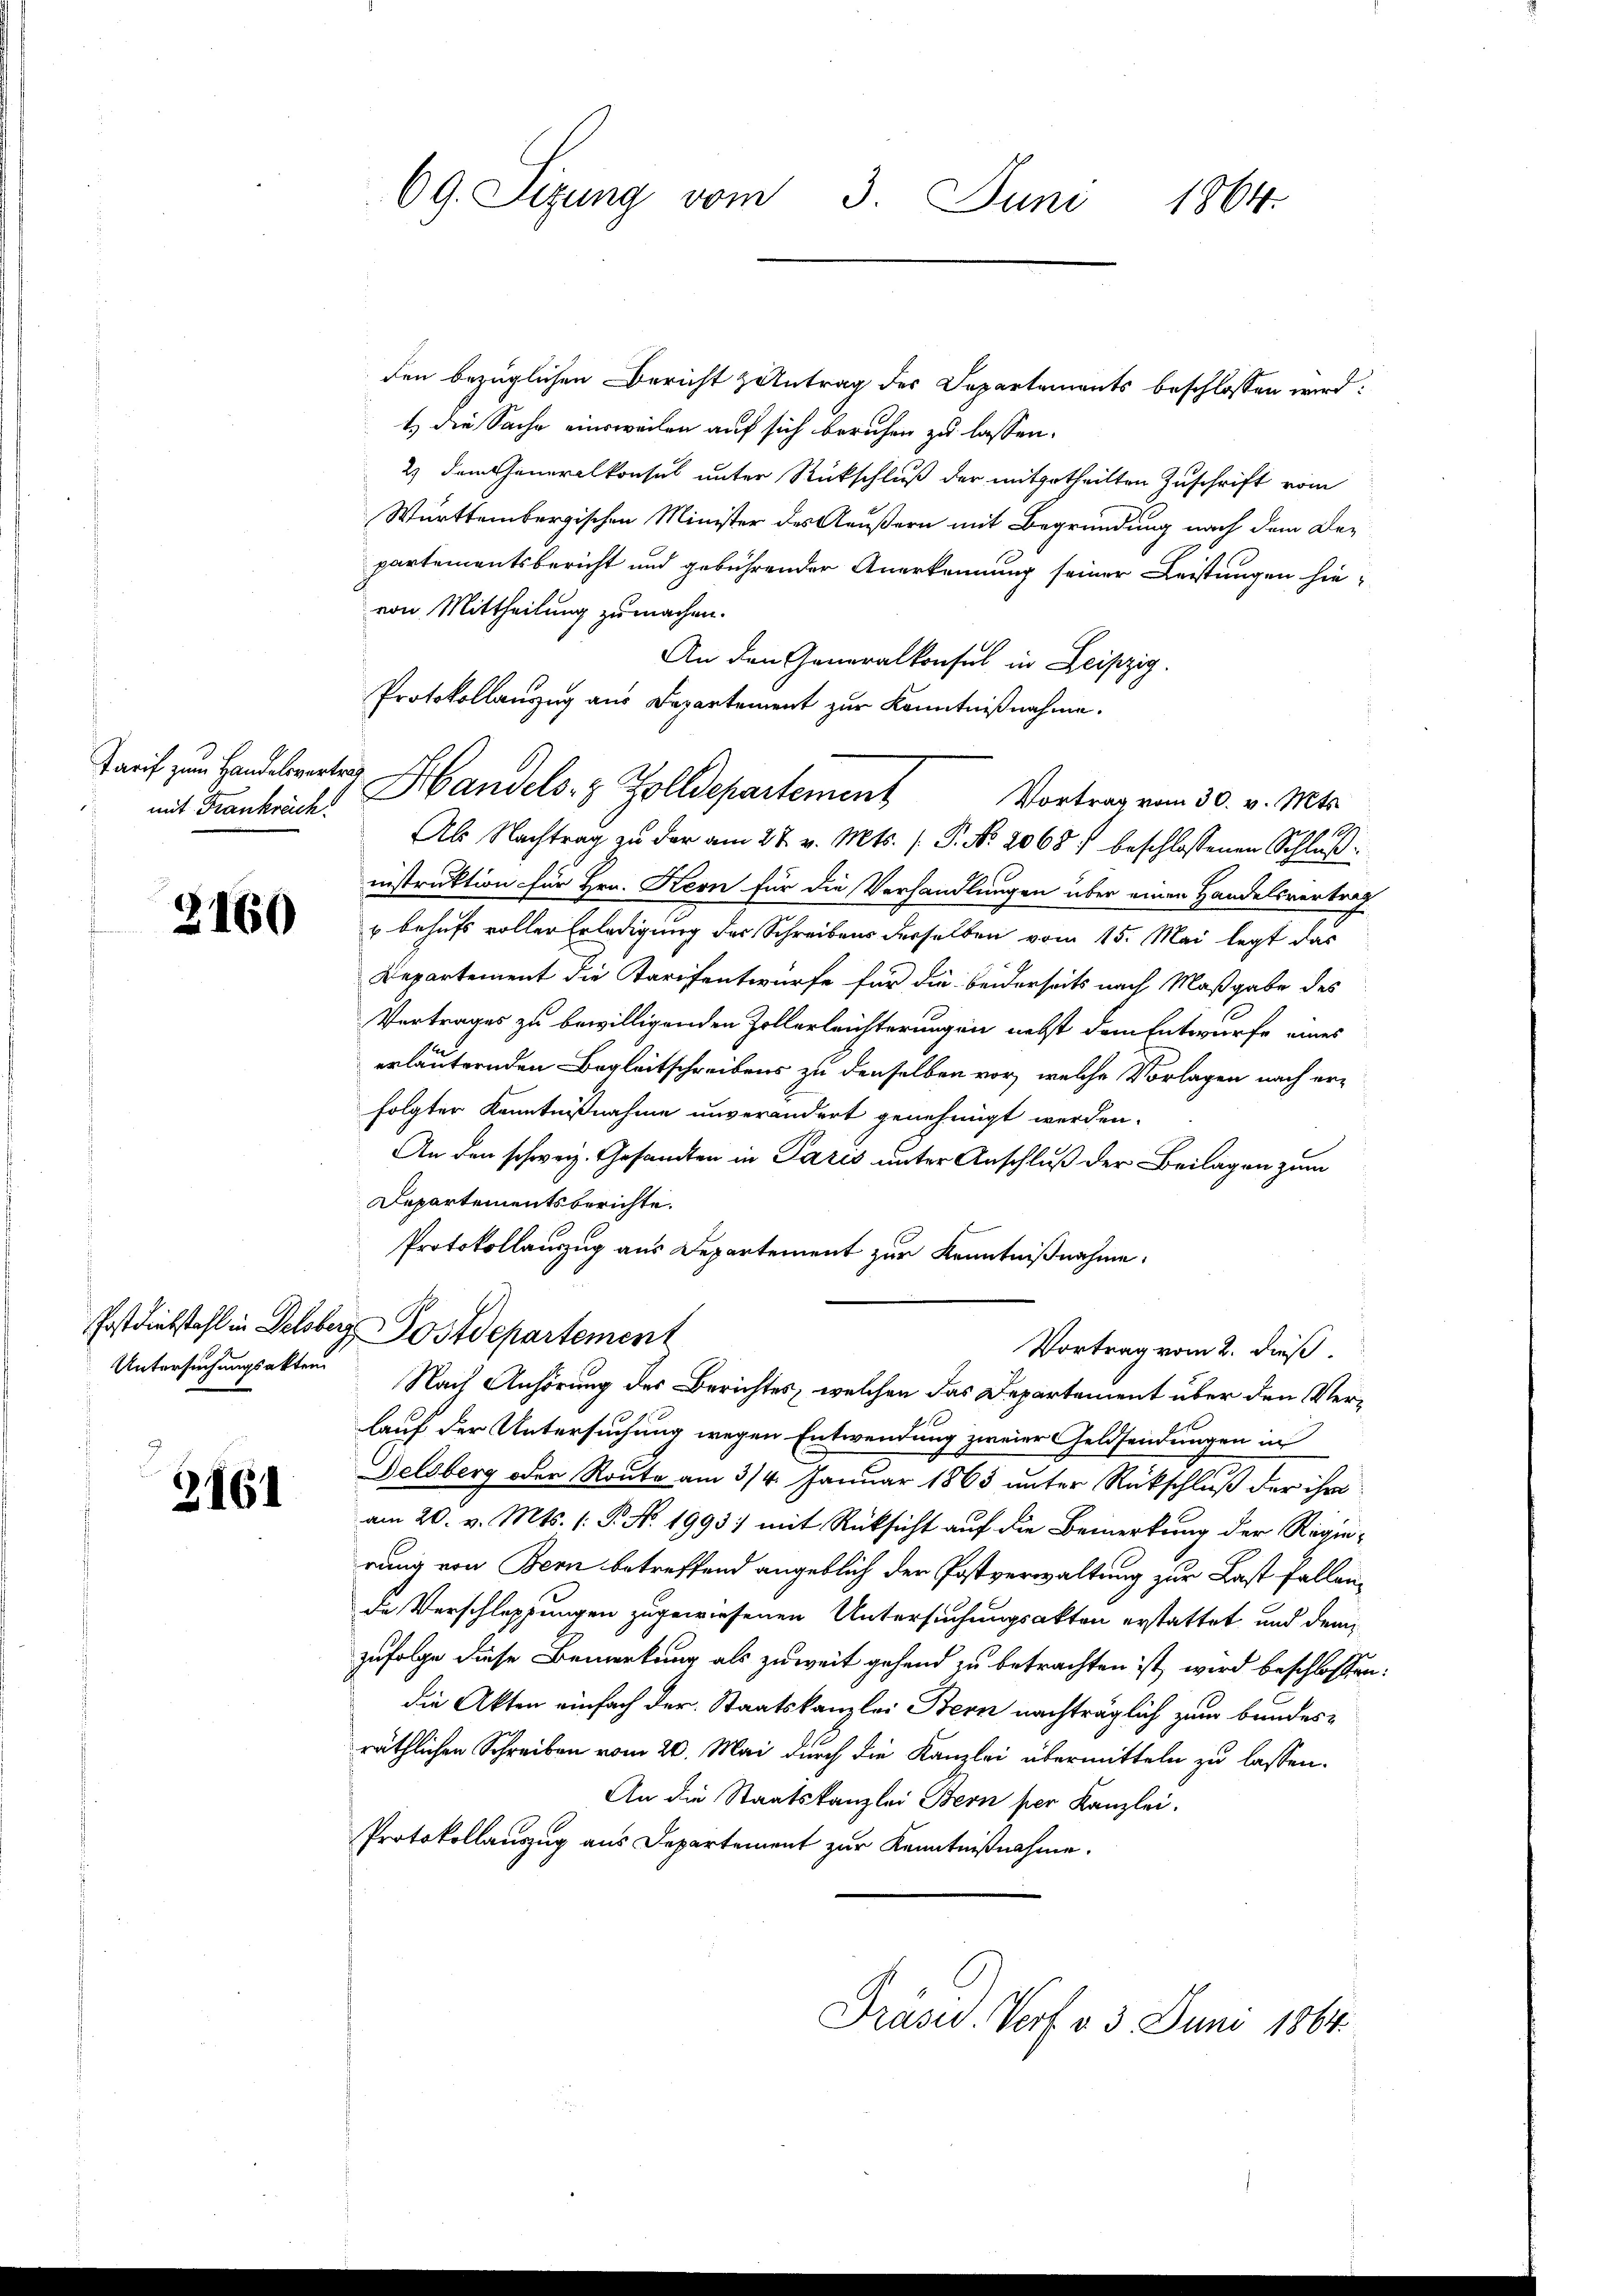
mit Frankreich

2160

3161

den bezüglichen Bericht zentrag des Departements beschlossen wird:
t) die Sache einsweilen auf sich beruhen zu lassen.
2) dem Generalkonsul unter Rückschluß der mitgetheilten Zuschrift vom
Württembergischen Minister des Aeußern mit Begründung nach dem Bepartementsbericht und gebührender Anerkennung seiner Leistungen hie-
von Mittheilung zu machen.
An den Generalkonsul in Leipzig.
Protokollauszug aus Departement zur Kenntnißnahme.
Als Nachtrag zu der am 27. v. Mts. /. P. Nr. 2068 beschlossenen Schlußinstruktion für Hrn. Kern für die Verhandlungen über einen Handelsvertrag
u behufs voller Erledigung des Schreibens derselben vom 15. Mai legt das
Departement die Tarifentwürfe für die beiderseits nach Maßgabe des
Vertrages zu bewilligenden Zollerleichterungen nebst dem Entwurfe eines
erläuternden Begleitschreibens zu denselben vor, welche Vorlagen nach erfolgter Kenntnißnahme unverändert genehmigt werden.
An den schweiz. Gesandten in Paris unter Anschluß der Beilagen zum
Departementsberichte.
Protokollauszug aus Departement zur Kenntnißnahme:
Postdiebstahl in Delsberg Postdepartement

69. Sizung vom 3. Juni
1864.

Tarif zu Handelverte Handels- & Zolldepartement Vortrag vom 30. v. Mts.

Vortrag vom 2. dieß.
Untersuchungsakten Nach Anhörung des Berichtes, welchen das Departement über den Ver¬

lauf der Untersuchung wegen Entwendung zweier Geldsendungen in
Delsberg oder Route am 3/4. Januar 1863 unter Rückschluß der ihre
am 20. v. Mts. (: P. Nr. 1993) mit Rücksicht auf die Bemerkung der Regierung von Bern betreffend angeblich der Postverwaltung zur Last fallende Verschleppungen zugewiesenen Untersuchungsakten erstattet und dem
zufolge diese Bemerkung als zuweit gehend zu betrachten ist, wird beschlossen:
die Akten einfach der Staatskanzlei Bern nachträglich zum Bundesräthlichen Schreiben vom 20. Mai durch die Kanzlei übermitteln zu lassen.
An die Staatskanzlei Bern per Kanzlei.
Protokollauszug aus Departement zur Kenntnißnahme.
Präsid. Vort v. 3. Juni 1864.